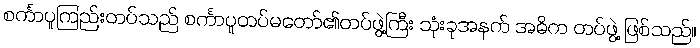
စင်္ကာပူကြည်းတပ်သည် စင်္ကာပူတပ်မတော်၏တပ်ဖွဲ့ကြီး သုံးခုအနက် အဓိက တပ်ဖွဲ့ ဖြစ်သည်။